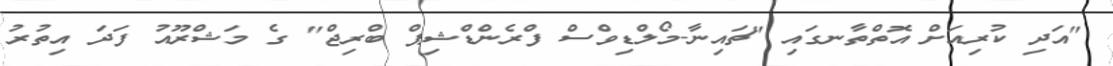
"އަދި ކުރިއަށް އޮތްތާނގައި "ޗައިނާ-މޯލްޑިވްސް ފްރެންޑްޝިޕް ބްރިޖް" ގެ މަޝްރޫއު ފަދަ އިތުރު